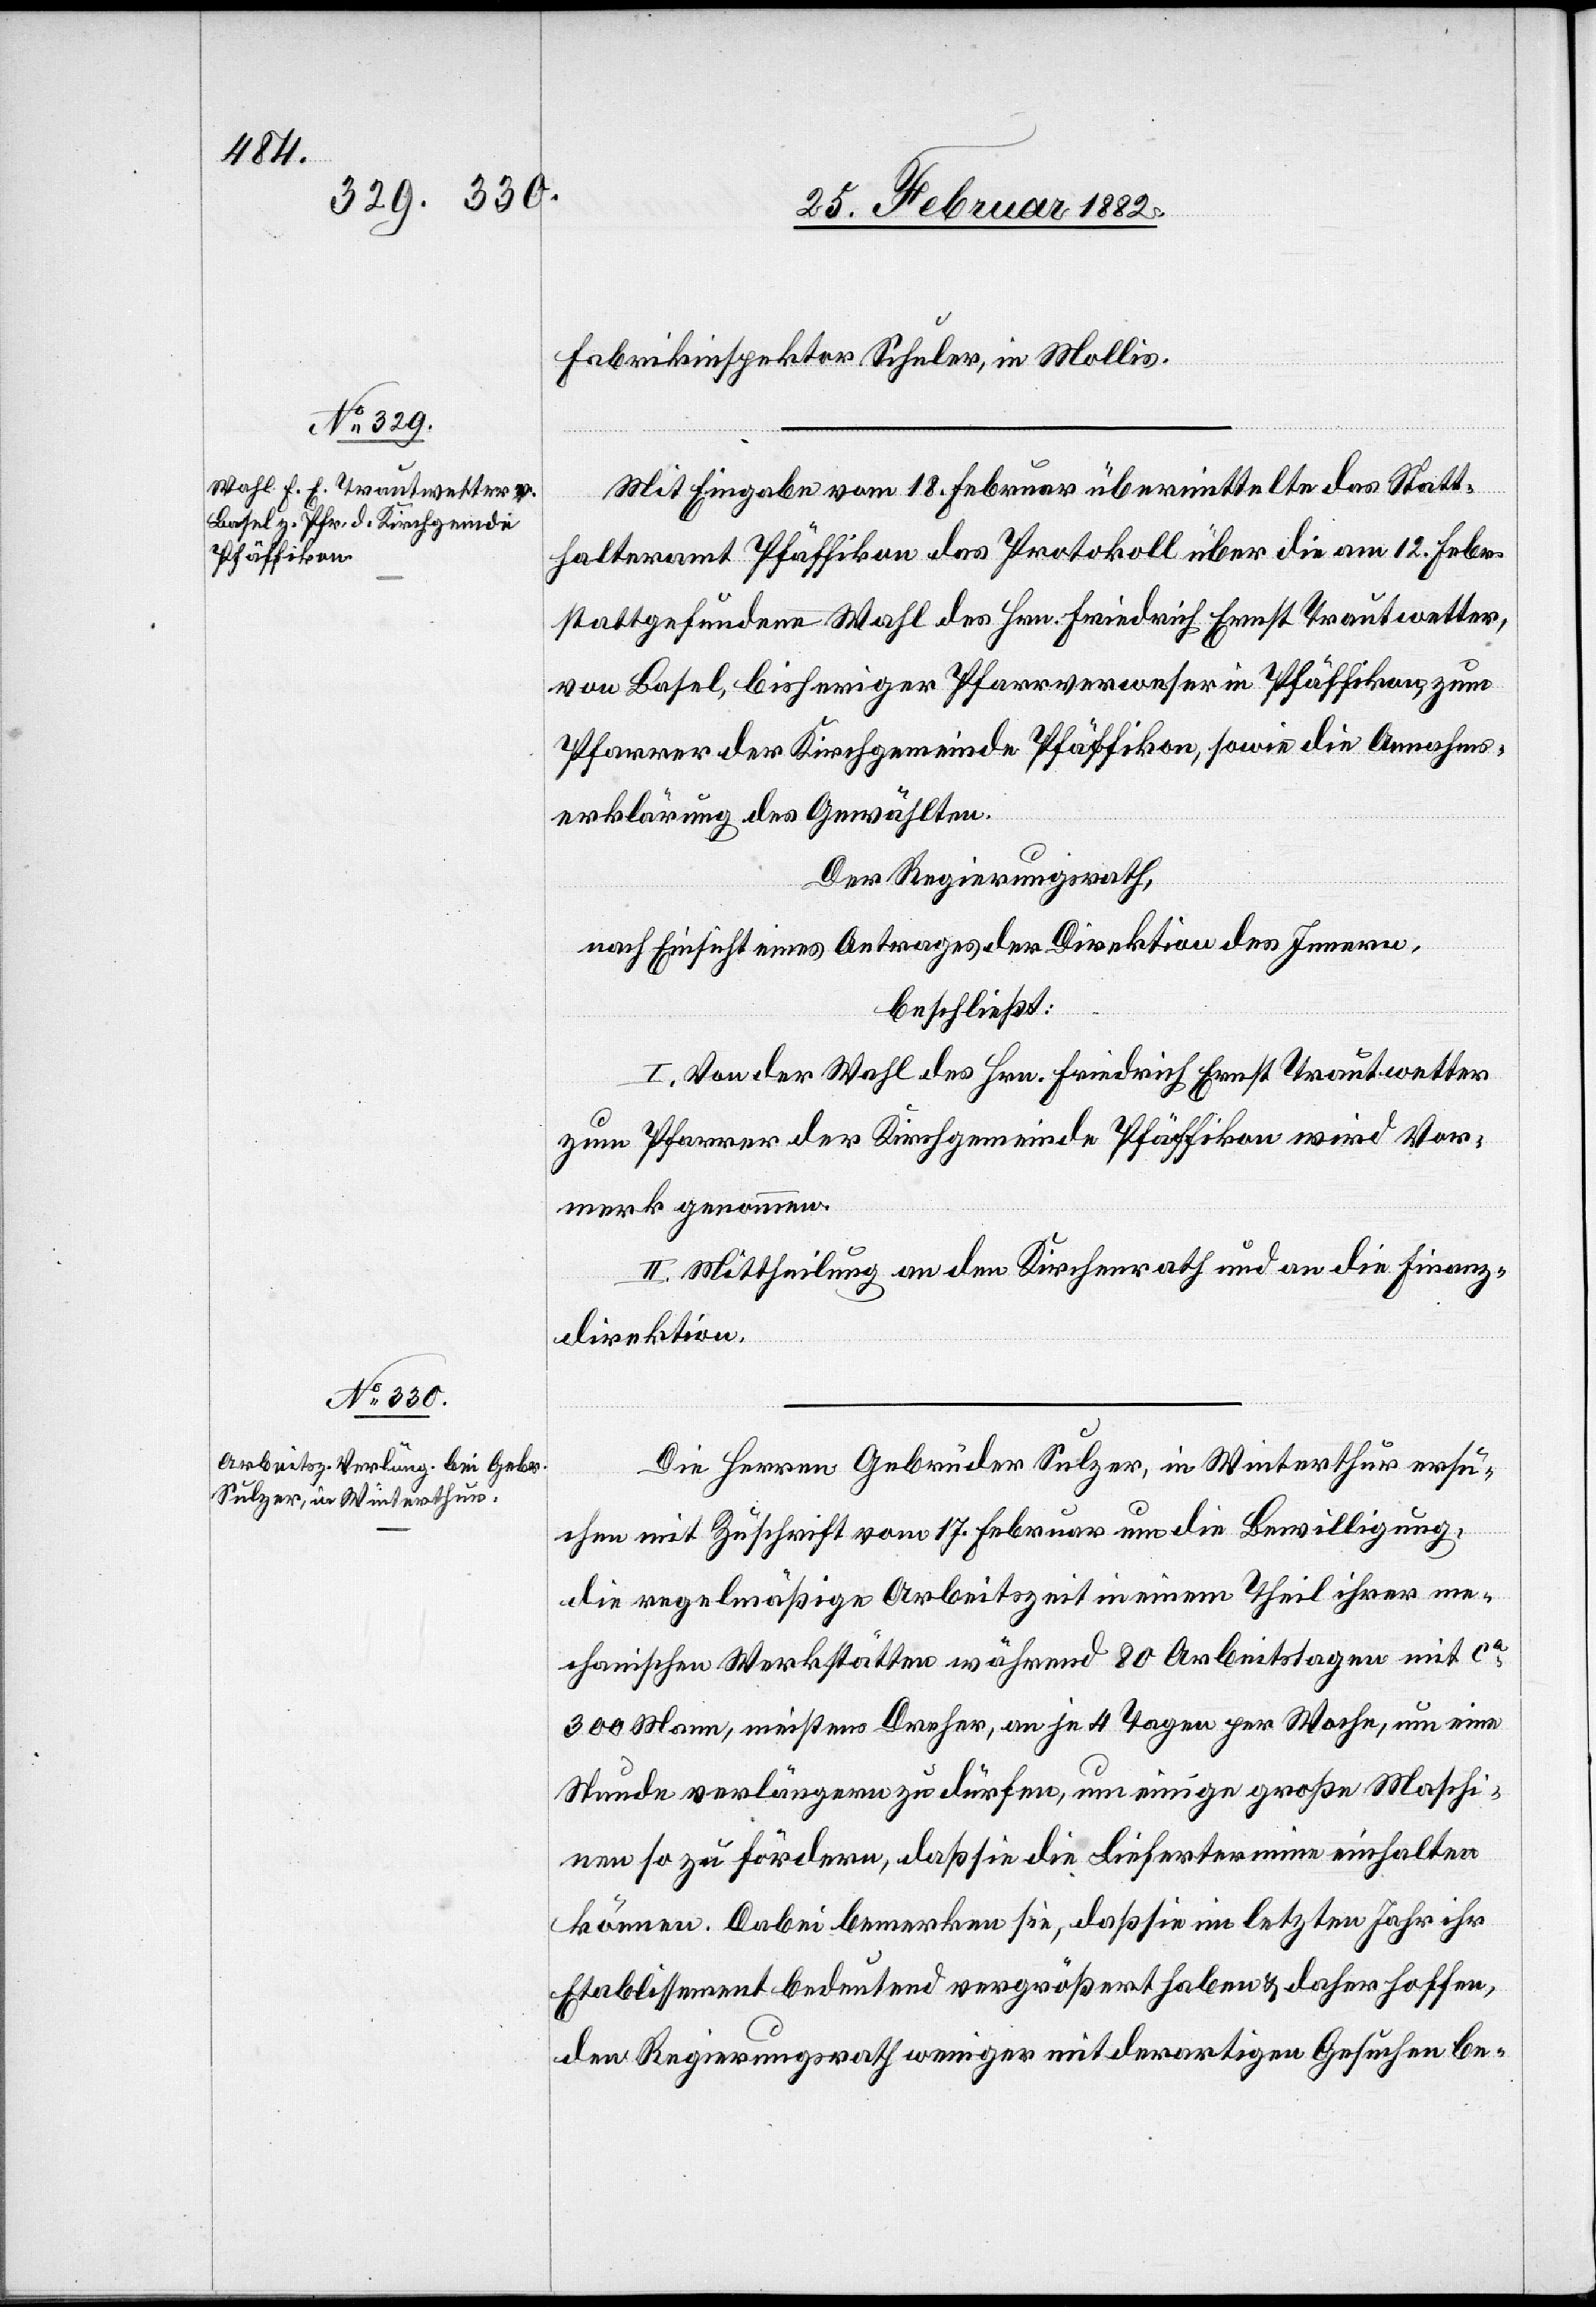
Fabrikinspektor Schuler, in Mollis.
Mit Eingabe vom 18. Februar übermittelte das Statt¬
halteramt Pfäffikon das Protokoll über die am 12. Febr.
stattgefundene Wahl des Hrn. Friedrich Ernst Trautwetter,
von Basel, bisheriger Pfarrverweser in Pfäffikon, zum
Pfarrer der Kirchgemeinde Pfäffikon, sowie die Annahms¬
erklärung des Gewählten.
Der Regierungsrath,
nach Einsicht eines Antrages der Direktion des Innern,
beschließt:
I. Von der Wahl des Hrn. Friedrich Ernst Trautwetter
zum Pfarrer der Kirchgemeinde Pfäffikon wird Vor¬
merk genommen.
II. Mittheilung an den Kirchenrath und an die Finanz¬
direktion.
Die Herren Gebrüder Sulzer, in Winterthur ersu¬
chen mit Zuschrift vom 17. Februar um die Bewilligung,
die regelmäßige Arbeitszeit in einem Theil ihrer me¬
chanischen Werkstätte während 80 Arbeitstagen mit ca
300 Mann, meistens Dreher, um je 4 Tagen per Woche, um eine
Stunde verlängern zu dürfen, um einige große Maschi¬
nen so zu fördern, daß sie die Liefertermine einhalten
können. Dabei bemerken sie, daß sie im letzten Jahr ihr
Etablissement bedeutend vergrößert haben & daher hoffen,
den Regierungsrath weniger mit derartigen Gesuchen be-